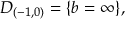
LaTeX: { \cal D } _ { ( - 1 , 0 ) } = \{ b = \infty \} ,